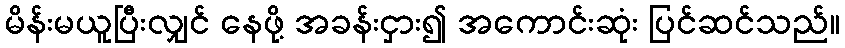
မိန်းမယူပြီးလျှင် နေဖို့ အခန်းငှား၍ အကောင်းဆုံး ပြင်ဆင်သည်။